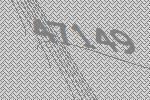
47149